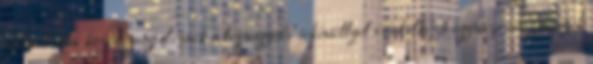
oklevéladók között megjelennek a legnagyobb tekintéllyel rendelkező egyházi intézmények